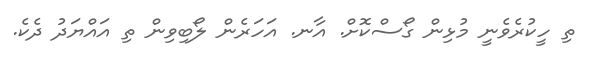
ތި ހީކުރެވެނީ މުޅިން ގޯސްކޮށް. އާނ. އަހަރެން ލޯބިވިން ތި އައްޔަދު ދެކެ.